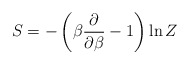
\begin{align*}S = - \left( \beta \frac{\partial}{\partial \beta} -1 \right) \ln Z\end{align*}